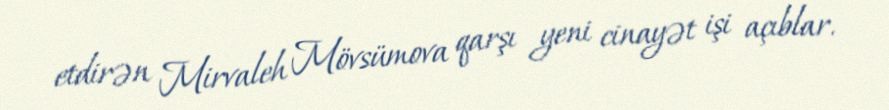
etdirən Mirvaleh Mövsümova qarşı yeni cinayət işi açıblar.